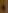
+